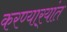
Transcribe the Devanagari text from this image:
करण्यार्‍यांत